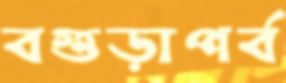
বগুড়াপর্ব